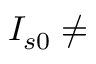
I _ { s 0 } \neq { }